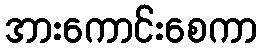
အားကောင်းစေကာ